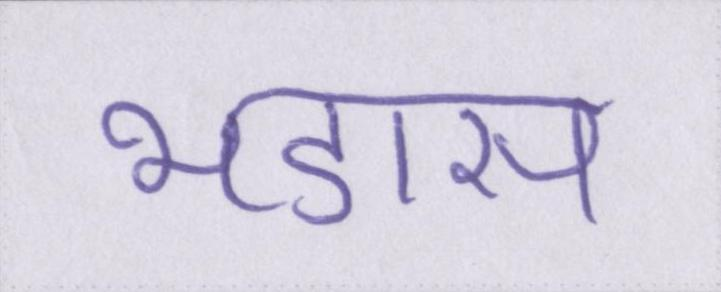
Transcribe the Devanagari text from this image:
भडास